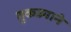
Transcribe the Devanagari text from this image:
तुकड्याने